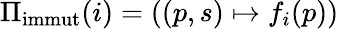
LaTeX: \Pi_{\textup{immut}}(i)=((p,s)\mapsto f_{i}(p))